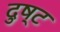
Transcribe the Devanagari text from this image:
दुष्‍ट